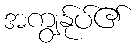
အကျွန်ုပ်၏